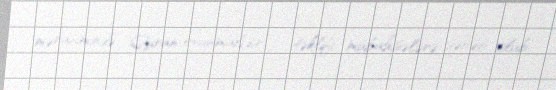
mərasimində Quran oxunmalıdır” – təklifi mübahisələrə səbəb olub.